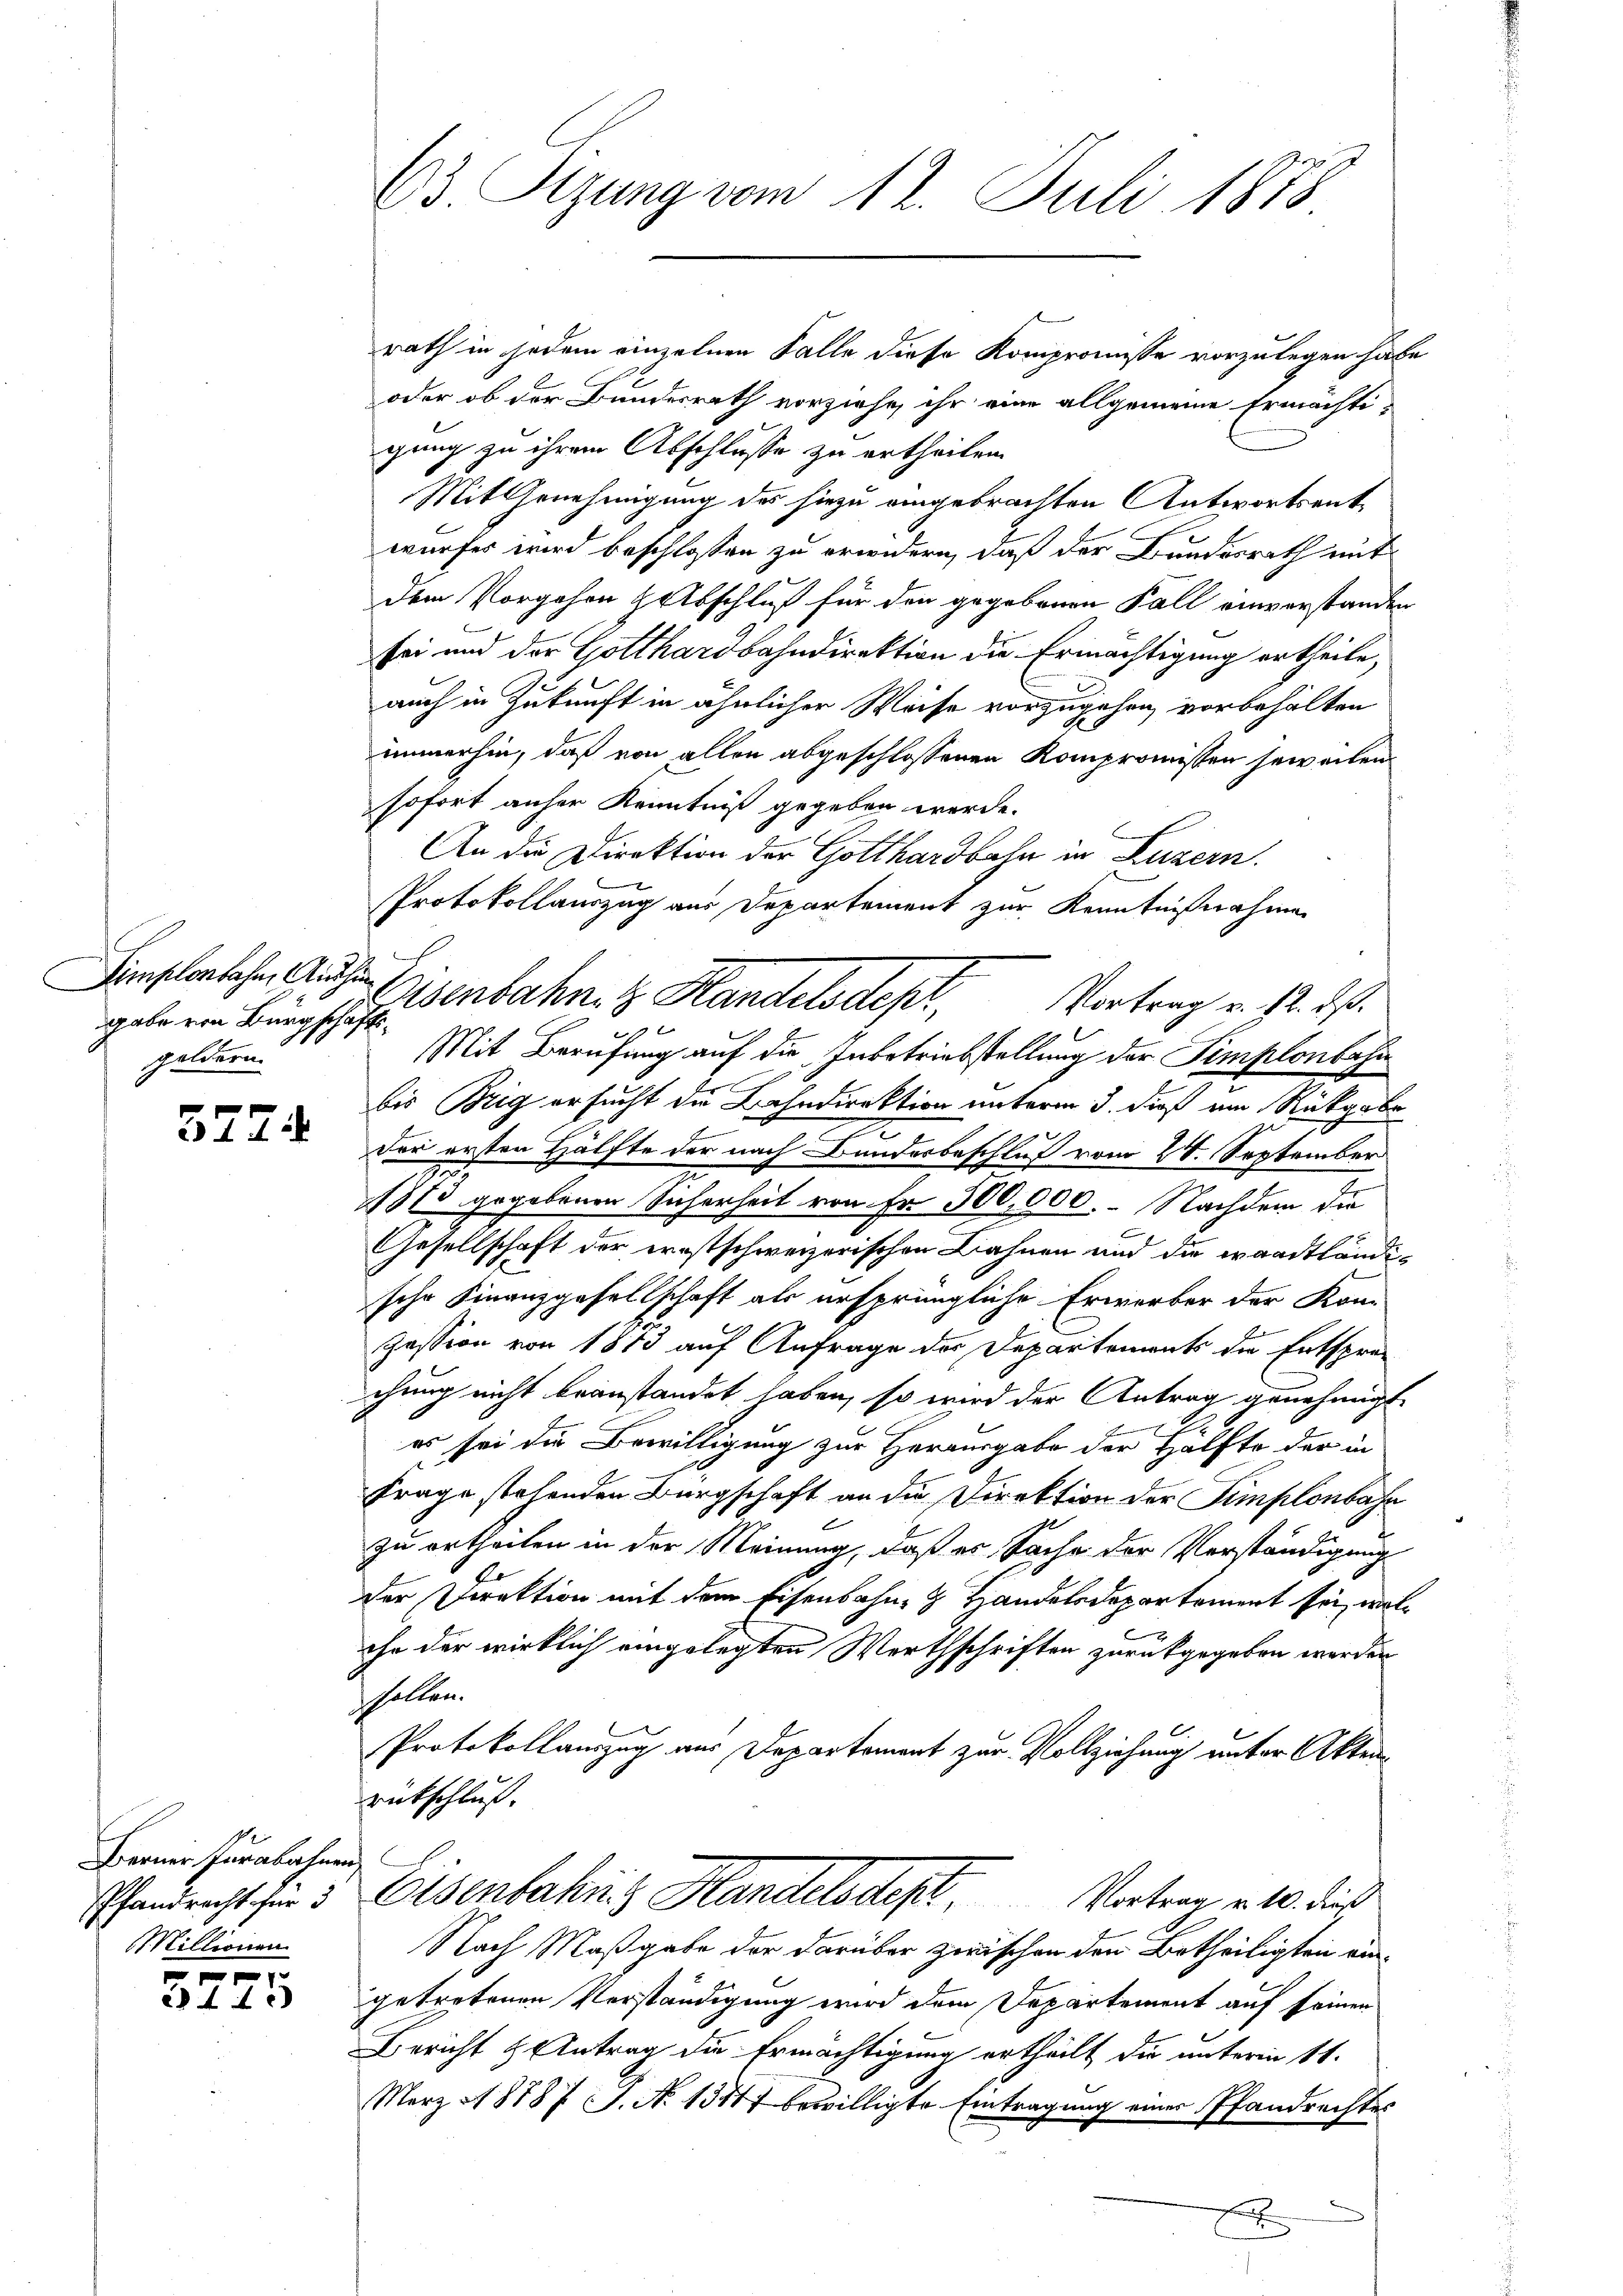
Simplonbahn, Aushin
gabe von Bürgschaftsgeldern

3774

Berner Jurabahnen,
Pfandrecht für 3
Millionen

f 0 x
c 44

63 Sizung vom 12. Juli 1873

rath in jedem einzelnen Falle diese Kompromisse vorzulegen habe
oder ob der Bundesrath vorziehe, ihr eine allgemeine Ermächti-
gung zu ihrem Abschlusse zu ertheilen.
Mit Genehmigung des hiezu eingebrachten Antwortsentwurfes wird beschlossen zu erwidern, daß der Bundesrath mit
dem Vorgehen Abschluß für den gegebenen Fall einverstanden
sei und der Gotthardbahndirektion die Ermächtigung ertheile,
auch in Zukunft in ähnlicher Weise vorzugehen, vorbehalten
immerhin, daß von allen abgeschlossenen Kompromissen jeweilen
sofort anher Kenntniß gegeben werde.
An die Direktion der Gotthardbahn in Luzern.
Protokollauszug aus Departement zur Kenntnißnahme
isenbahn. z. Handelsdepr
Vortrag v. 12. ds.
Mit Berufung auf die Inbetriebstellung der Simplonbahn
e
bis Brig ersucht die Bahndirektion unterm 3. dieß am Rückgabe
Dor ersten Hälfte der nach Bundesbeschluß vom 24. September
1873 gegebenen Sicherheit von Fr. 500,000. - Nachdem die
Gesellschaft der ernstschweizerischen Lahnen und die waadtländische Finanzgesellschaft als ursprüngliche Erwerber der Kom-
Zession von 1873 auf Anfrage der Departements die Entspra-
chung nicht beanstandet haben, so wird der Antrag genehmigt.
es sei die Bewilligung zur Herausgabe der Hälfte der in
Frage stehenden Bürgschaft an die Direktion der Simplonbahr
zu ertheilen in der Meinung, daß es Sache der Verständigung
der Direktion mit dem Eisenbahn & Handelsdepartement sei, wolx
ihn der wirklich eingelegten Werthschriften zurückgegeben werden
halten.
Protokollauszug aus Departement zur Vollziehung unter Akten
eutschluss.
Eisenbahng Handelsdest. Vertrag a. 0. dies
Nach Maßgabe der darüber zwischen den Betheiligten eingetretenen Verständigung wird dem Departement auf seinen
Bericht & Antrag die Ermächtigung ertheilt die unterm 11.
März 18787 J. No 1347 bewilligte Eintragung einer Pfandrechtes
x